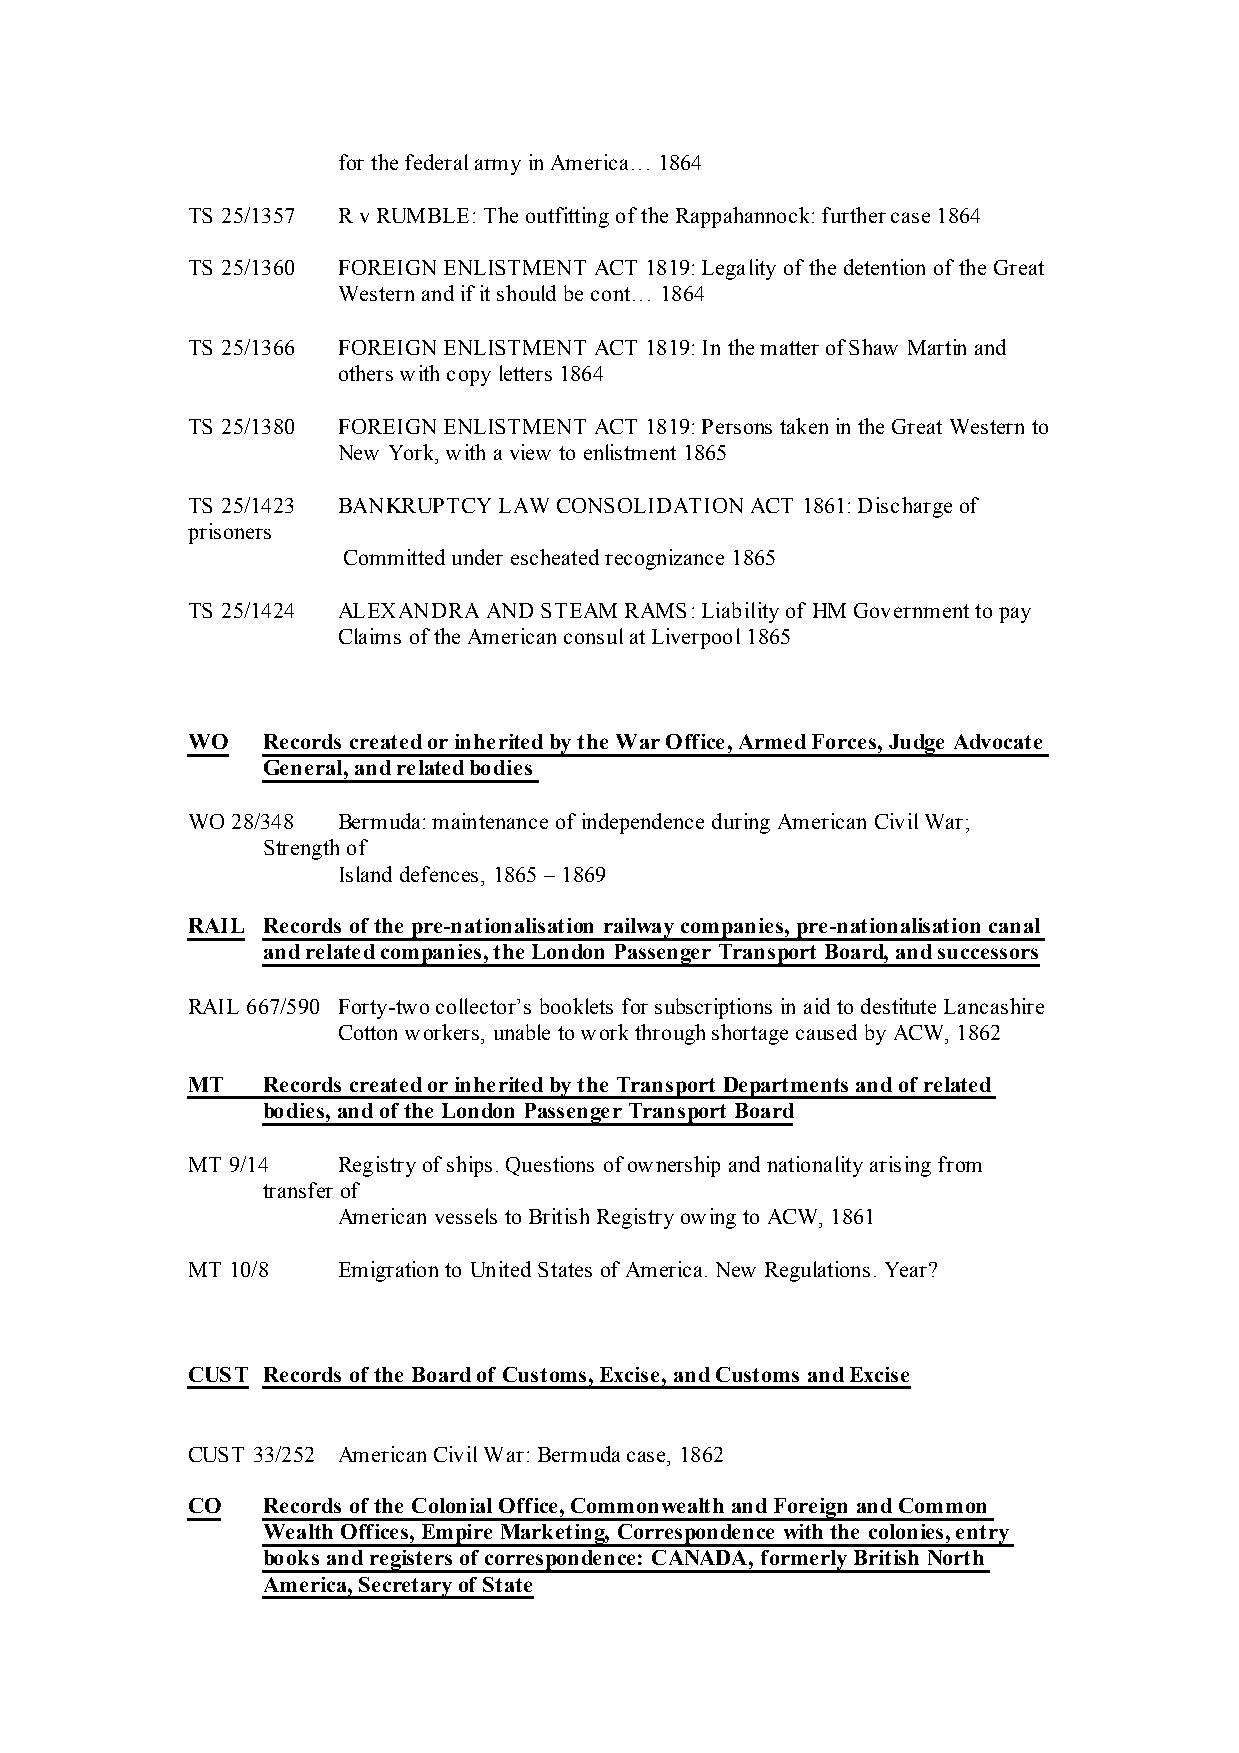
for the federal army in America… 1864
 TS 25/1357 R v RUMBLE: The outfitting of the Rappahannock: further case 1864
 TS 25/1360 FOREIGN ENLISTMENT ACT 1819: Legality of the detention of the Great
 Western and if it should be cont… 1864
 TS 25/1366 FOREIGN ENLISTMENT ACT 1819: In the matter of Shaw Martin and
 others with copy letters 1864
 TS 25/1380 FOREIGN ENLISTMENT ACT 1819: Persons taken in the Great Western to
 New York, with a view to enlistment 1865
 TS 25/1423 BANKRUPTCY LAW CONSOLIDATION ACT 1861: Discharge of
 prisoners
 Committed under escheated recognizance 1865
 TS 25/1424 ALEXANDRA AND STEAM RAMS: Liability of HM Government to pay
 Claims of the American consul at Liverpool 1865
 WO   Records created or inherited by the War Office, Armed Forces, Judge Advocate
 General, and related bodies
 WO 28/348 Bermuda: maintenance of independence during American Civil War;
 Strength of
 Island defences, 1865 – 1869
 RAIL Records of the pre-nationalisation railway companies, pre-nationalisation canal
 and related companies, the London Passenger Transport Board, and successors
 RAIL 667/590 Forty-two collector’s booklets for subscriptions in aid to destitute Lancashire
 Cotton workers, unable to work through shortage caused by ACW, 1862
 MT   Records created or inherited by the Transport Departments and of related
 bodies, and of the London Passenger Transport Board
 MT 9/14   Registry of ships. Questions of ownership and nationality arising from
 transfer of
 American vessels to British Registry owing to ACW, 1861
 MT 10/8   Emigration to United States of America. New Regulations. Year?
 CUST Records of the Board of Customs, Excise, and Customs and Excise
 CUST 33/252 American Civil War: Bermuda case, 1862
 CO   Records of the Colonial Office, Commonwealth and Foreign and Common
 Wealth Offices, Empire Marketing, Correspondence with the colonies, entry
 books and registers of correspondence: CANADA, formerly British North
 America, Secretary of State